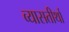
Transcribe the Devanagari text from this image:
व्यासतीर्था